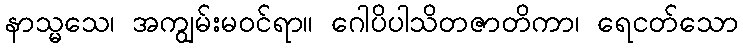
နာသ္မသေ၊ အကျွမ်းမဝင်ရာ။ ဂေါပိပါသိတဇာတိကာ၊ ရေငတ်သော